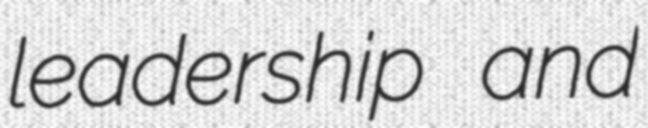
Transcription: leadership and